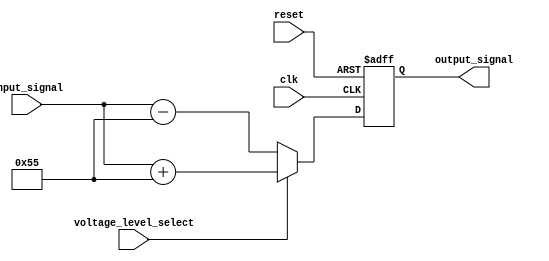
module voltage_level_shifter(

    input wire clk,
    input wire reset,
    input wire [7:0] input_signal,
    input wire voltage_level_select,
    output wire [7:0] output_signal
    
    );

    reg [7:0] shifted_signal;

    always @ (posedge clk or posedge reset) begin
        if (reset) begin
            shifted_signal <= 8'b00000000;
        end else begin
            if (voltage_level_select) begin
                // convert signal to higher voltage level
                shifted_signal <= input_signal + 8'b01010101; 
            end else begin
                // convert signal to lower voltage level
                shifted_signal <= input_signal - 8'b01010101;
            end
        end
    end

    assign output_signal = shifted_signal;

endmodule